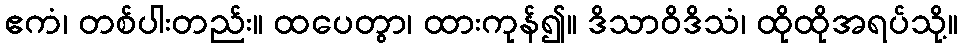
ဧကံ၊ တစ်ပါးတည်း။ ထပေတွာ၊ ထားကုန်၍။ ဒိသာဝိဒိသံ၊ ထိုထိုအရပ်သို့။